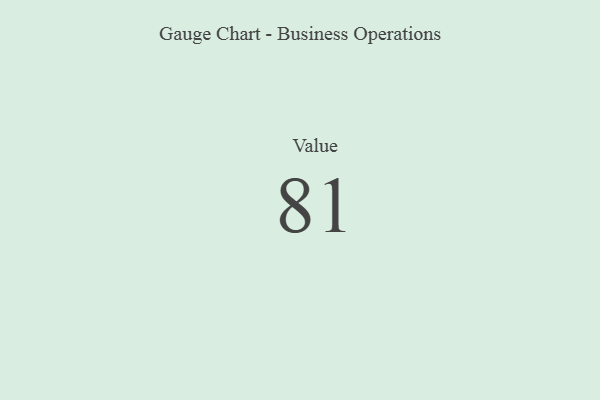
{"axis": {"x": "Metric", "y": "Value"}, "legend": [""], "data": [{"x": "Value", "y": 81, "type": ""}]}